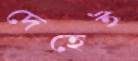
দেহেই